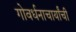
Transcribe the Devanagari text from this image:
गोवर्धनाचार्यांची